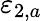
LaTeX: \varepsilon_{2,a}